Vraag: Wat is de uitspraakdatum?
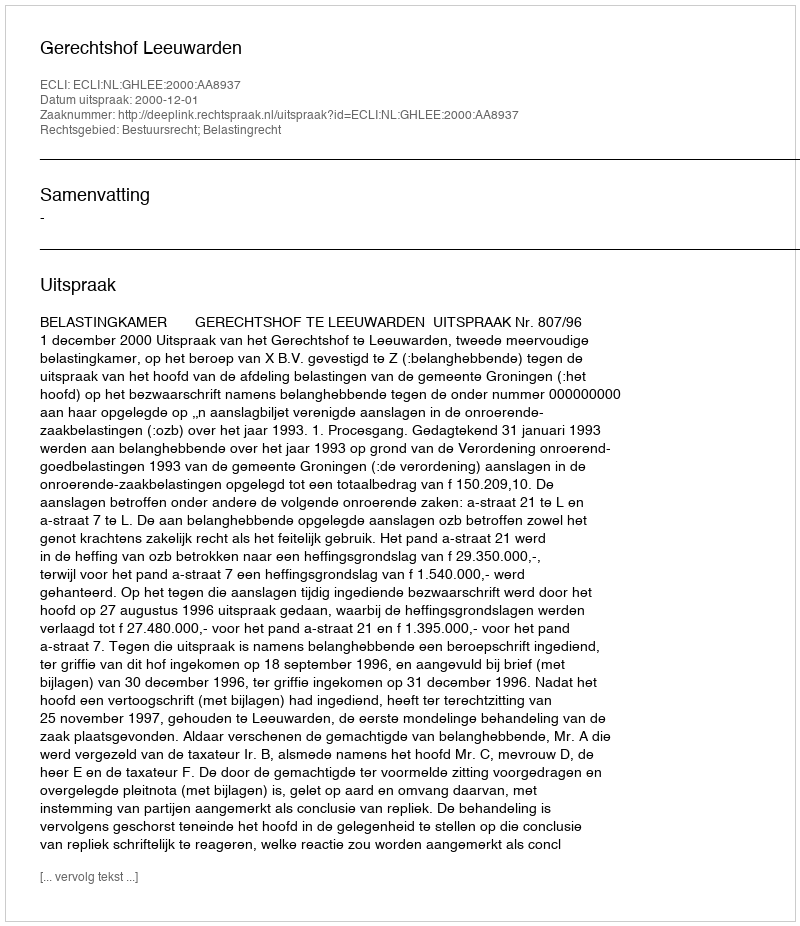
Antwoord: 2000-12-01